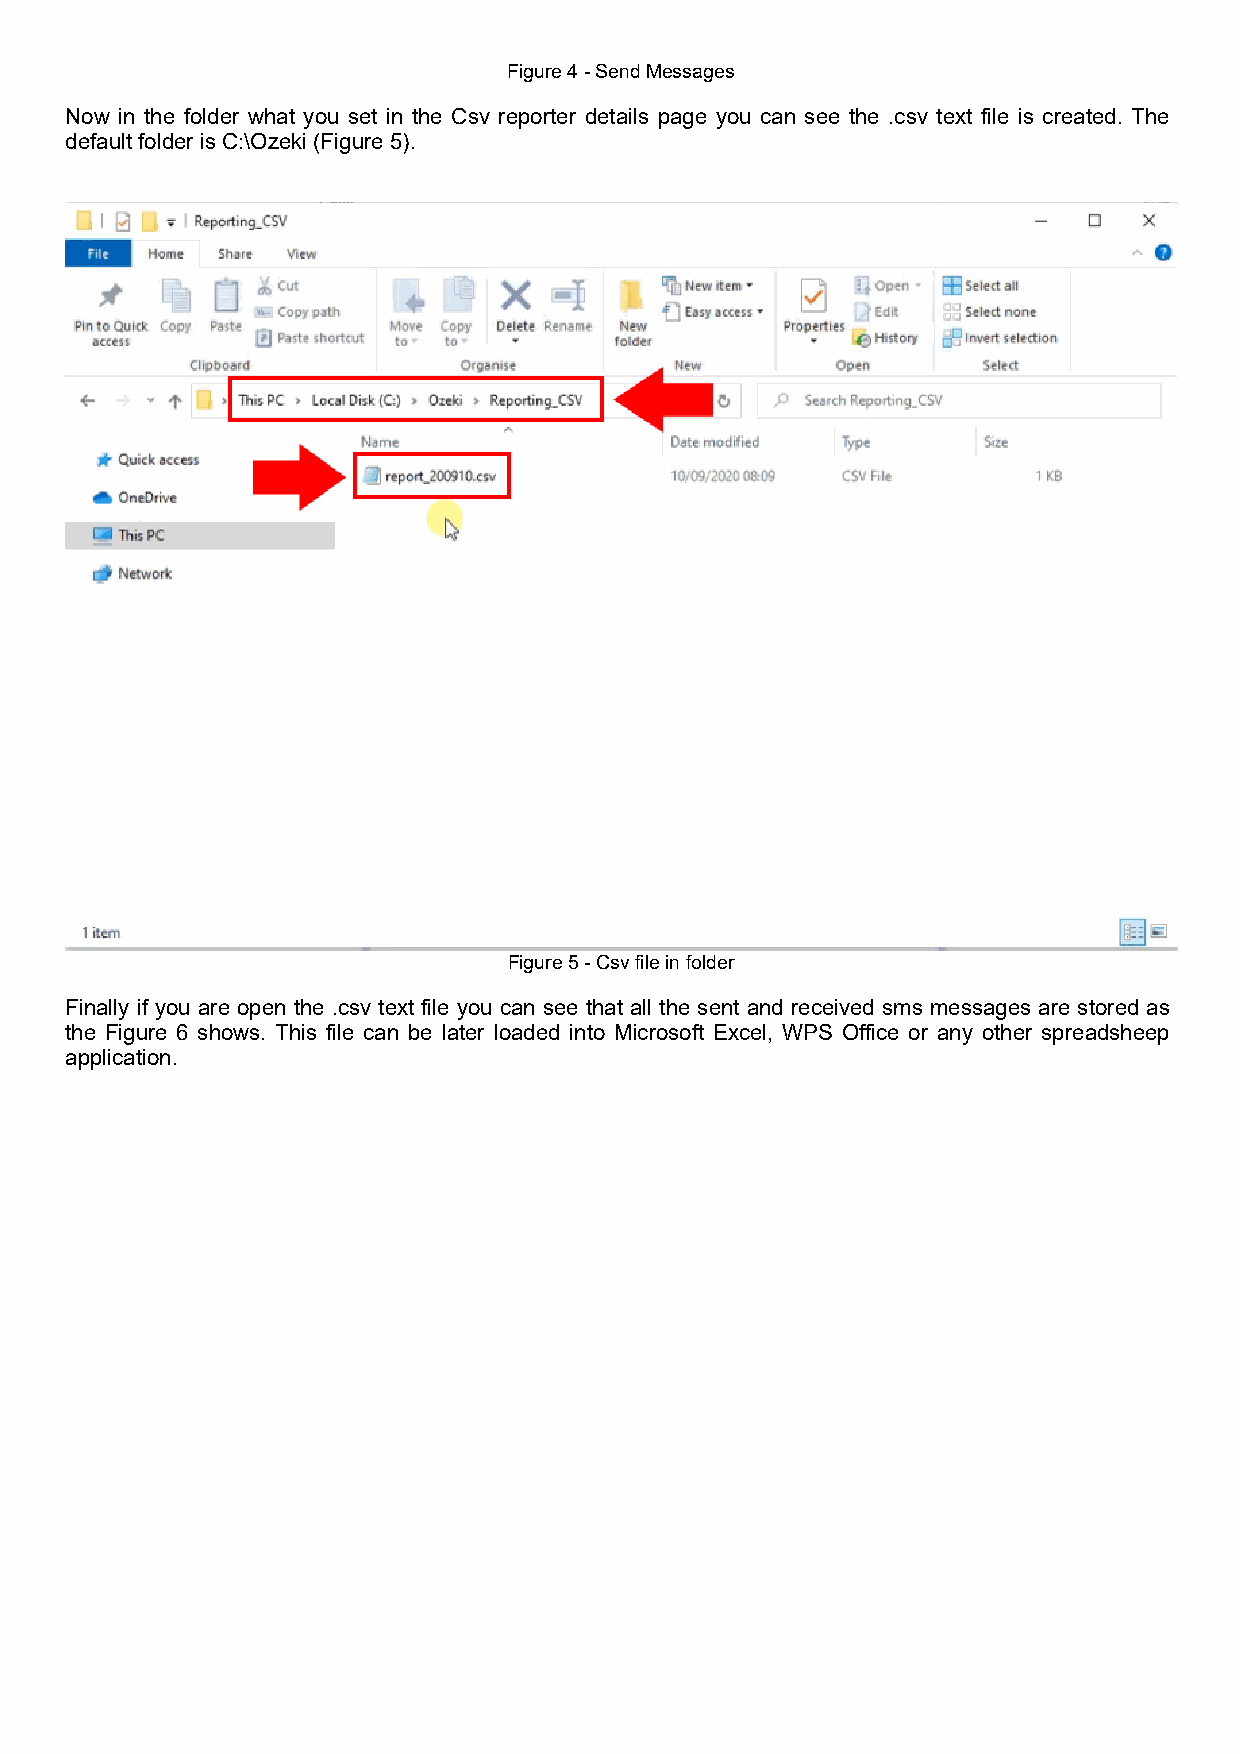
Figure 4 - Send Messages
 Now in the folder what you set in the Csv reporter details page you can see the .csv text file is created. The
 default folder is C:\Ozeki (Figure 5).
 Figure 5 - Csv file in folder
 Finally if you are open the .csv text file you can see that all the sent and received sms messages are stored as
 the Figure 6 shows. This file can be later loaded into Microsoft Excel, WPS Office or any other spreadsheep
 application.